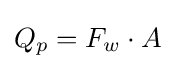
Q_{p}=F_{w}\cdot A